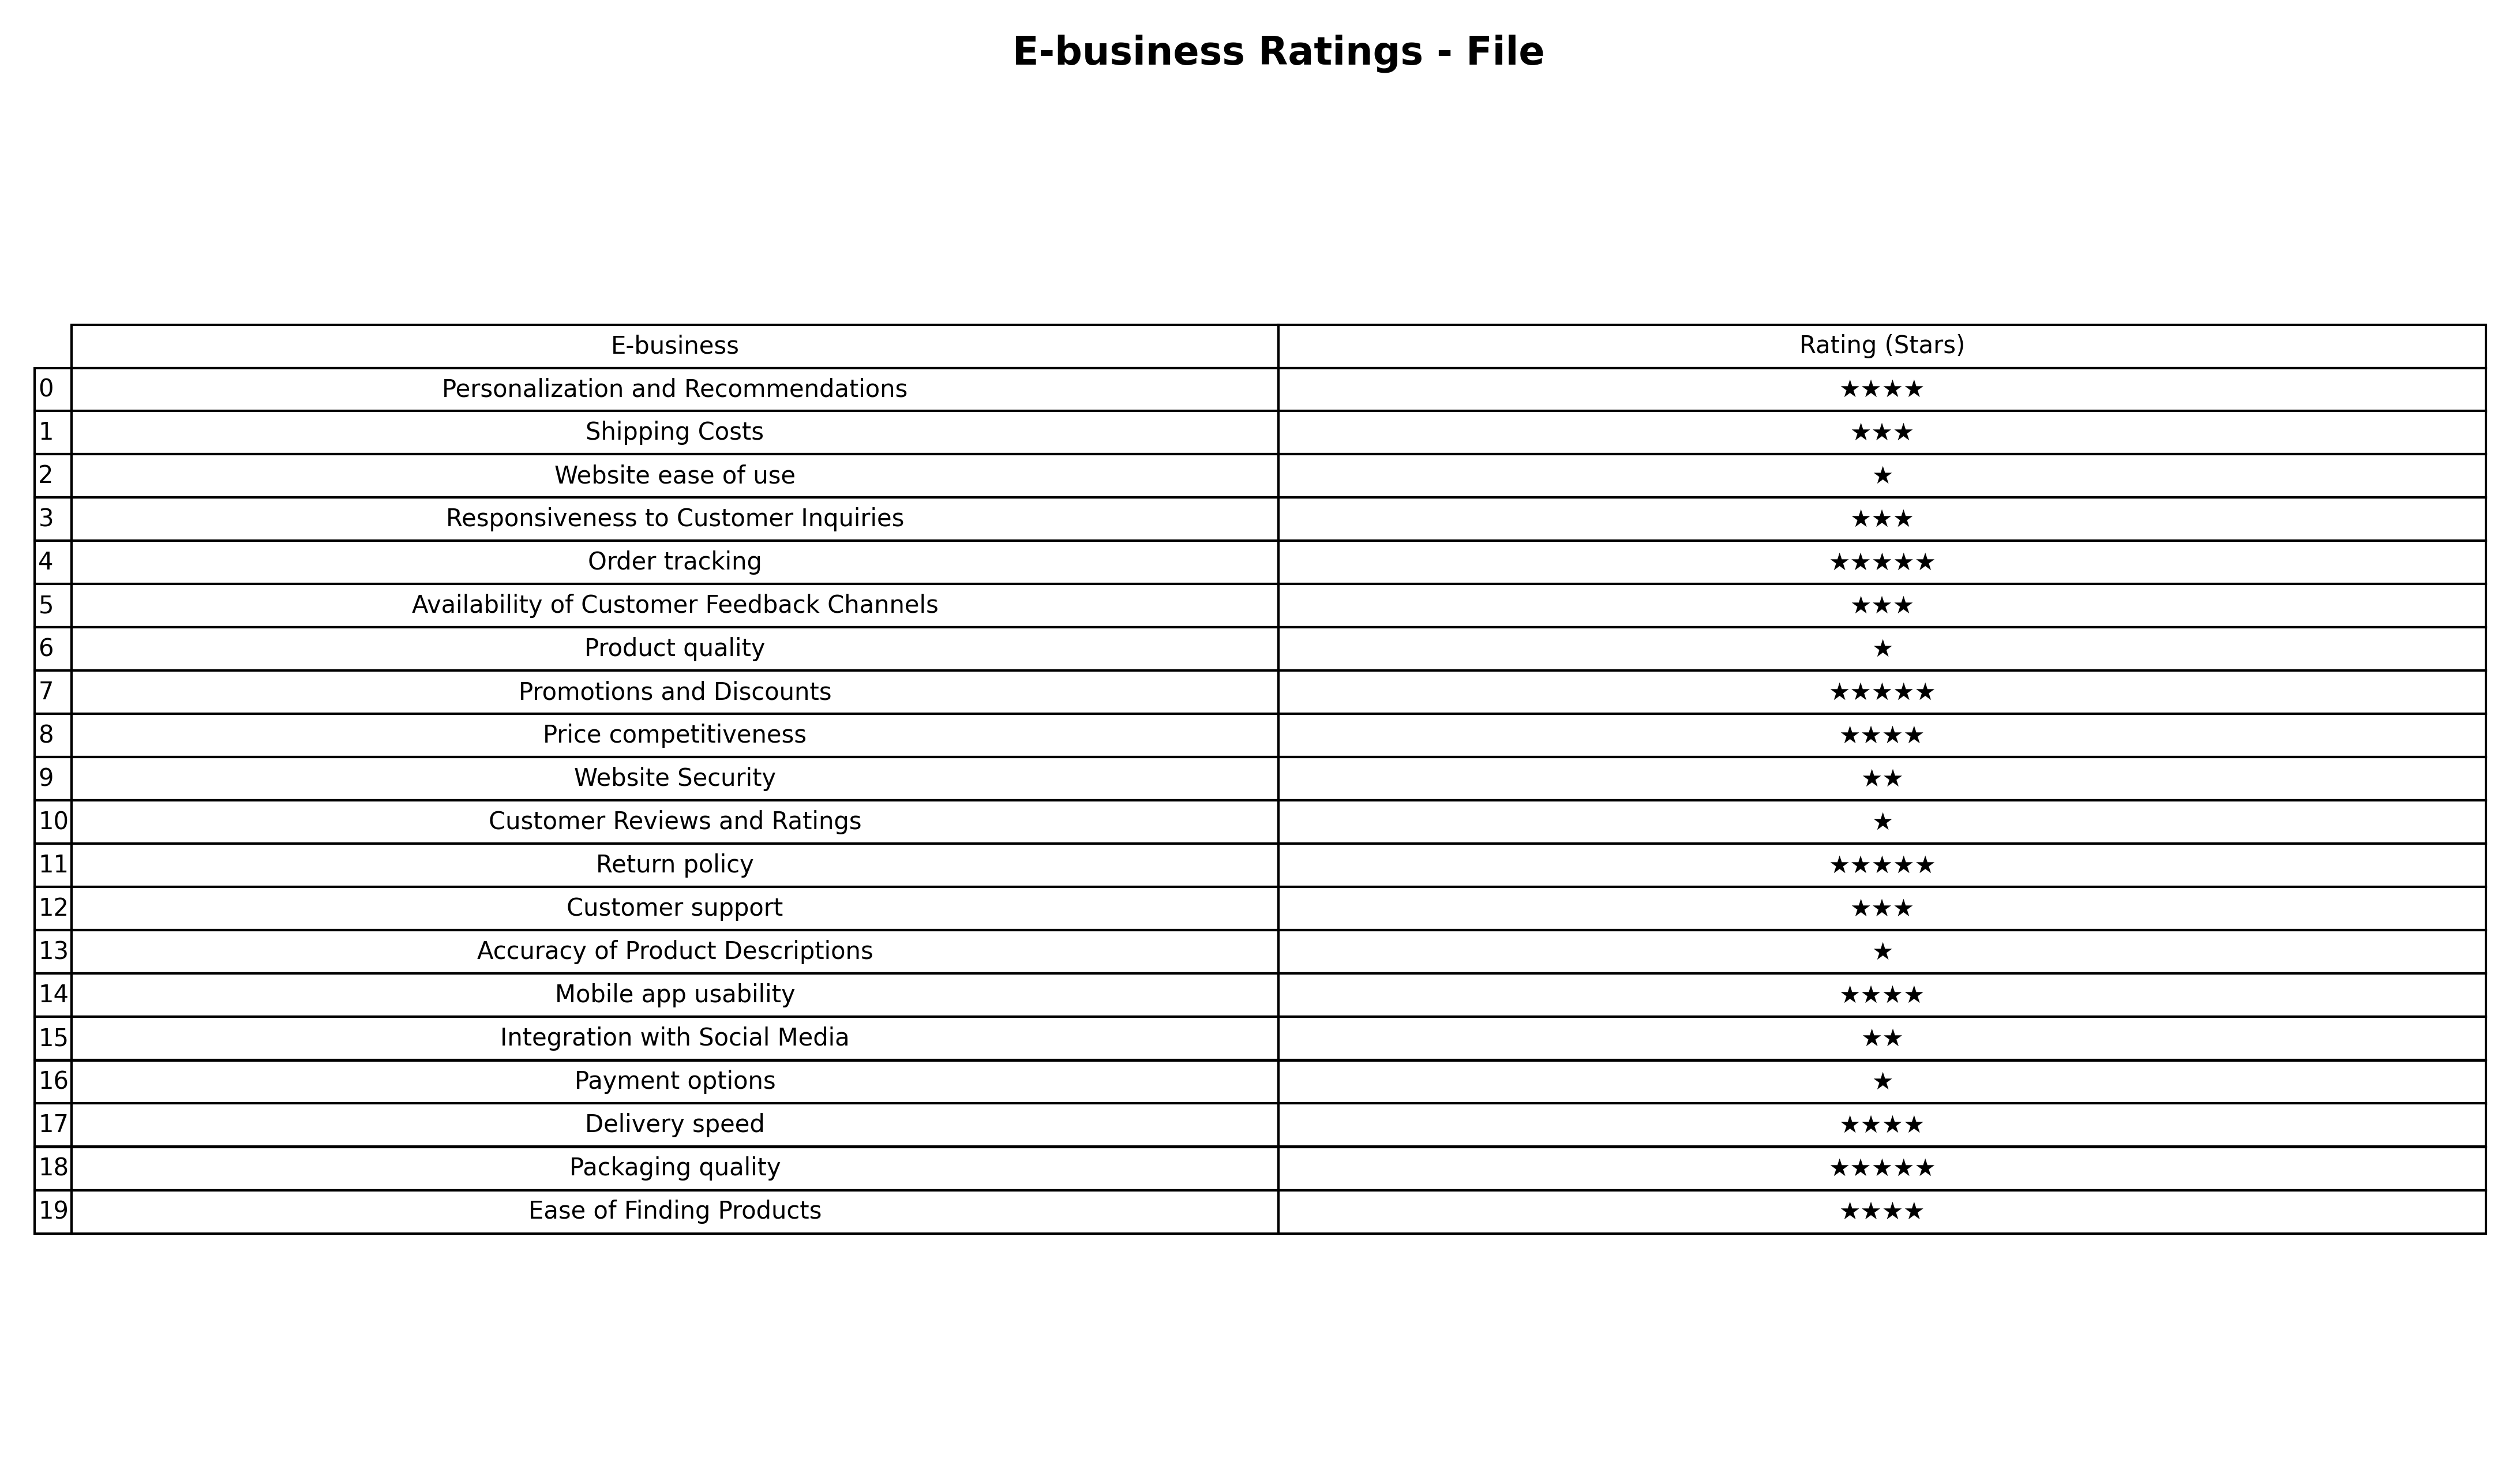
question: What are five star services?
answer: Order trackingPromotions and DiscountsReturn policyPackaging quality